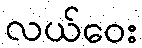
လယ်ဝေး